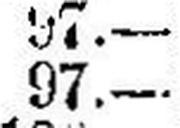
97.—